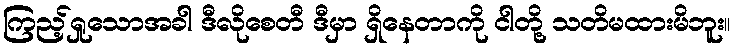
ကြည့်ရှုသောအခါ ဒီလိုစေတီ ဒီမှာ ရှိနေတာကို ငါတို့ သတိမထားမိဘူး။